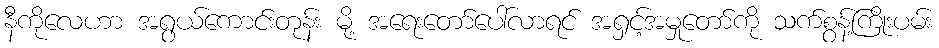
နီကိုလေဟာ အရွယ်ကောင်းတုန်း မို့ အရေးတော်ပေါ်လာရင် အရှင့်အမှုတော်ကို သက်စွန့်ကြိုးပမ်း